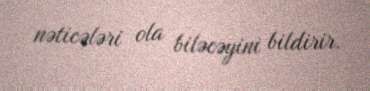
nəticələri ola biləcəyini bildirir.